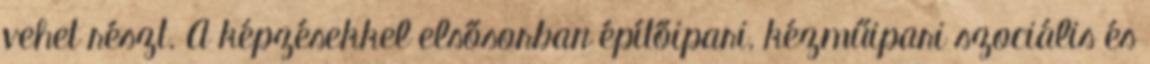
vehet részt. A képzésekkel elsősorban építőipari, kézműipari szociális és